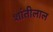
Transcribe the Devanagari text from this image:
शांतीलाल